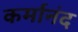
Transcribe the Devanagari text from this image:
कर्मानंद